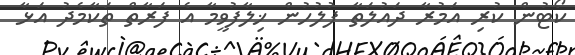
ކޯޓުން ކުރި އަމުރާ ދައުލަތާ ފުލުހުން ޚިލާފުވީމާ އެ ފަރާތް ތަކާމެދު އަޅާ